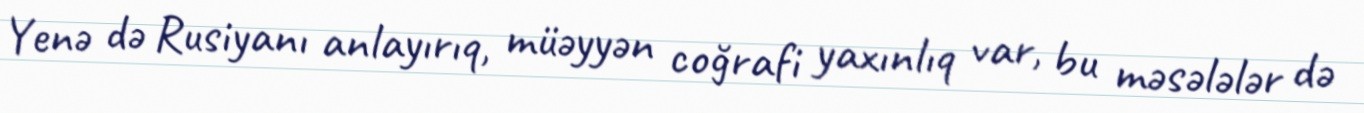
Yenə də Rusiyanı anlayırıq, müəyyən coğrafi yaxınlıq var, bu məsələlər də